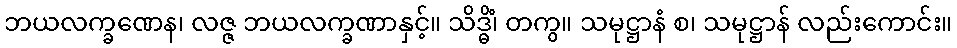
ဘယလက္ခဏေန၊ လဇ္ဇ ဘယလက္ခဏာနှင့်။ သိဒ္ဓိံ၊ တကွ။ သမုဋ္ဌာနံ စ၊ သမုဋ္ဌာန် လည်းကောင်း။